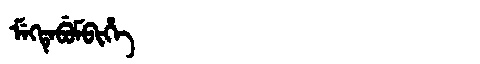
Manchu: ᠮᡝᡴᡨᡝᠪᡠᠮᠪᡳᡥᡝ
Romanization: MEKTEBUMBIHE